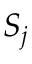
S _ { j }